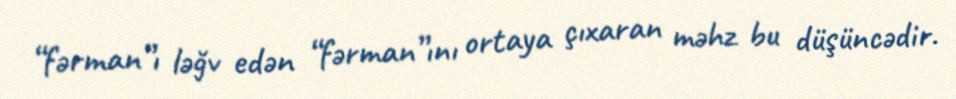
“fərman”ı ləğv edən “fərman”ını ortaya çıxaran məhz bu düşüncədir.